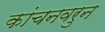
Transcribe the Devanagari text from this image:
कांचनवरुन